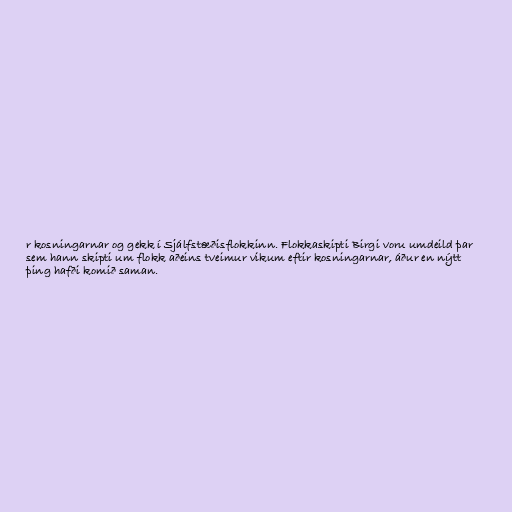
r kosningarnar og gekk í Sjálfstæðisflokkinn. Flokkaskipti Birgi voru umdeild þar
sem hann skipti um flokk aðeins tveimur vikum eftir kosningarnar, áður en nýtt
þing hafði komið saman.